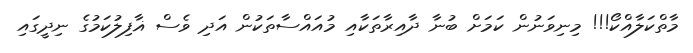
މާތްކަލާއްކޯ!!! މިނިވަނުން ކަމަށް ބުނާ ދާއިރާތަކާއި މުއައްސާތަކުން އަދި ވެސް ޣާފިލުކަމުގެ ނިދީގައި